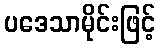
ပဒေသာမိုင်းဖြင့်